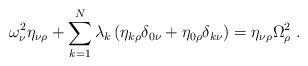
LaTeX: \begin{align*}\omega_\nu^2\eta_{\nu\rho}+\sum_{k=1}^N\lambda_k\left(\eta_{k\rho}\delta_{0\nu}+\eta_{0\rho}\delta_{k\nu}\right)=\eta_{\nu\rho}\Omega_\rho^2\;.\end{align*}